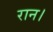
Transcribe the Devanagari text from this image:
रान।